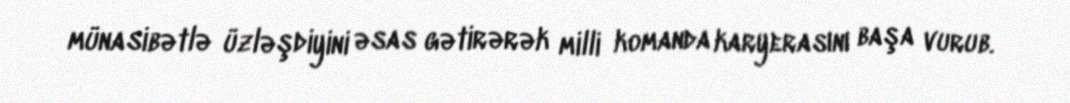
münasibətlə üzləşdiyini əsas gətirərək milli komanda karyerasını başa vurub.